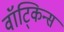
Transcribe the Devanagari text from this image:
वॉट्किन्स